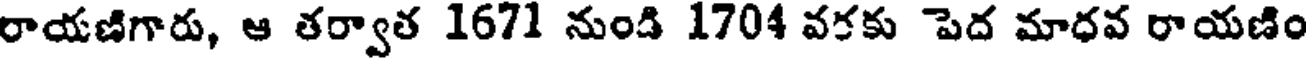
రాయణిగారు, ఆ తర్వాత 1671 నుండి 1704 వకకు పెద మాధవ రాయణిం